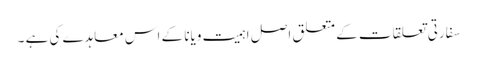
سفارتی تعلقات کے متعلق اصل اہمیت ویانا کے اس معاہدے کی ہے ۔